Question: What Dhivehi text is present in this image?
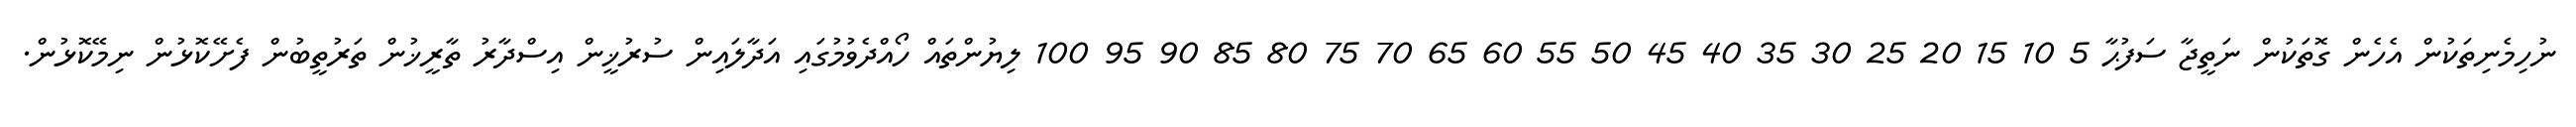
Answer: ނުހިމެނިތަކުން އެހެން ގޮތަކުން ނަތީޖާ ސަފުޙާ 5 10 15 20 25 30 35 40 45 50 55 60 65 70 75 80 85 90 95 100 ލިޔުންތައް ހޯއްދެވުމުގައި އަދާލައިން ސުރުޚީން އިސްދާރު ތާރީޚުން ތަރުތީބުން ފެށޭކޮޅުން ނިމޭކޮޅުން.